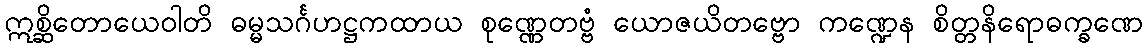
ဣစ္ဆိတောယေဝါတိ ဓမ္မသင်္ဂဟဋ္ဌကထာယ စုဏ္ဏေတဗ္ဗံ ယောဇယိတဗ္ဗော ကဏ္ဍေန စိတ္တနိရောဓက္ခဏေ